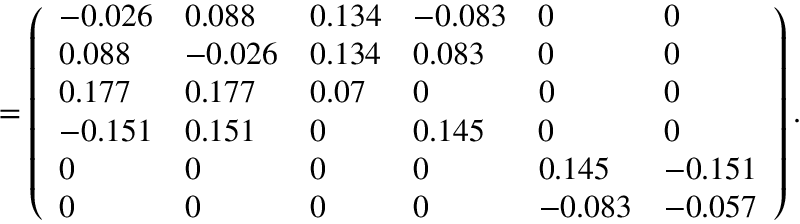
= \left( \begin{array} { l l l l l l } { - 0 . 0 2 6 } & { 0 . 0 8 8 } & { 0 . 1 3 4 } & { - 0 . 0 8 3 } & { 0 } & { 0 } \\ { 0 . 0 8 8 } & { - 0 . 0 2 6 } & { 0 . 1 3 4 } & { 0 . 0 8 3 } & { 0 } & { 0 } \\ { 0 . 1 7 7 } & { 0 . 1 7 7 } & { 0 . 0 7 } & { 0 } & { 0 } & { 0 } \\ { - 0 . 1 5 1 } & { 0 . 1 5 1 } & { 0 } & { 0 . 1 4 5 } & { 0 } & { 0 } \\ { 0 } & { 0 } & { 0 } & { 0 } & { 0 . 1 4 5 } & { - 0 . 1 5 1 } \\ { 0 } & { 0 } & { 0 } & { 0 } & { - 0 . 0 8 3 } & { - 0 . 0 5 7 } \end{array} \right) .